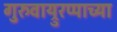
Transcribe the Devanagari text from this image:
गुरुवाय्रुरप्पाच्या